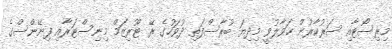
މިރިސޯޓާއި ސަރުކާރުން ހަވާލުވީ މިދިޔަ ބުރާސްފަތި ދުވަހުގެ ރޭ ޓޫރިޒަމް މިނިސްޓަރާއި ފިނޭންސްގެ